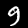
Digit: 9